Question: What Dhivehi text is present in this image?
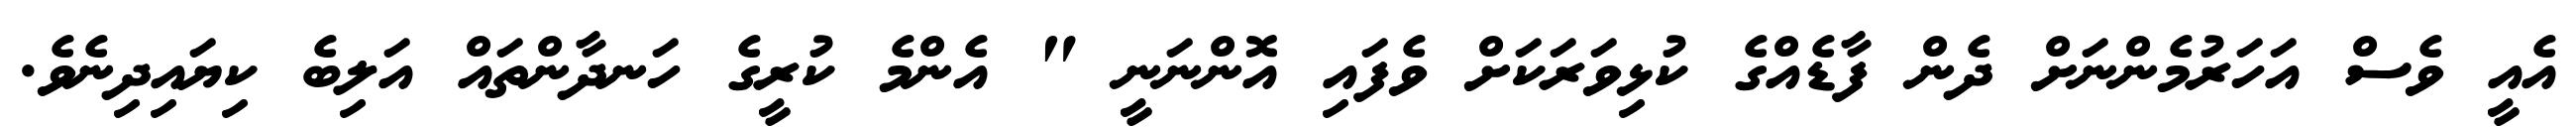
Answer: އެއީ ވެސް އަހަރުމެންނަށް ދެން ފާޑެއްގެ ކުޅިވަރަކަށް ވެފައި އޮންނަނީ " އެންމެ ކުރީގެ ހަނދާންތައް އަލިބެ ކިޔައިދިނެވެ.